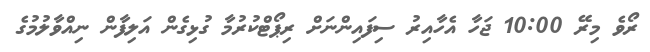
ރޯވެ މިރޭ 10:00 ޖަހާ އެހާއިރު ސިފައިންނަށް ރިޕޯޓްކުރުމާ ގުޅިގެން އަލިފާން ނިއްވާލުމުގެ